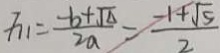
F _ { 1 1 } = \frac { - b + \sqrt { \Delta } } { 2 a } = \frac { - 1 + \sqrt { 5 } } { 2 }